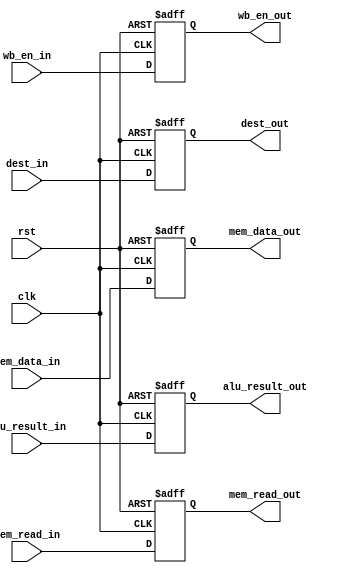
module MEM2WB (input clk, rst, wb_en_in, mem_read_in, input[3: 0] dest_in,
               input[31: 0] alu_result_in, mem_data_in, output reg wb_en_out,
               mem_read_out, output reg[3: 0] dest_out, output reg[31: 0] mem_data_out,
               alu_result_out);

  always @ (posedge clk, posedge rst) begin

    if (rst) begin
      wb_en_out <= 0;
      mem_read_out <= 0;
      dest_out <= 0;
      mem_data_out <= 0;
      alu_result_out <= 0;
    end
    else begin
      wb_en_out <= wb_en_in;
      mem_read_out <= mem_read_in;
      dest_out <= dest_in;
      mem_data_out <= mem_data_in;
      alu_result_out <= alu_result_in;
    end

  end

endmodule // MEM2WB